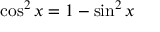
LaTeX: \cos ^ { 2 } x = 1 - \sin ^ { 2 } x